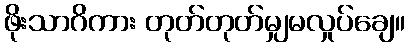
ဖိုးသာဂိကား တုတ်တုတ်မျှမလှုပ်ချေ။